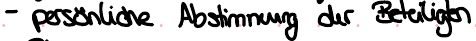
- persönliche Abstimmung der Beteiligten